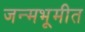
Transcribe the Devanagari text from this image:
जन्मभूमीत